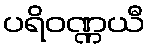
ပရိဝဏ္ဏယီ